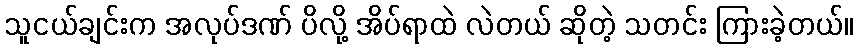
သူငယ်ချင်းက အလုပ်ဒဏ် ပိလို့ အိပ်ရာထဲ လဲတယ် ဆိုတဲ့ သတင်း ကြားခဲ့တယ်။